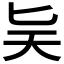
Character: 𪟩